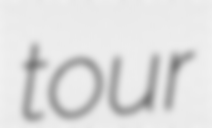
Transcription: tour